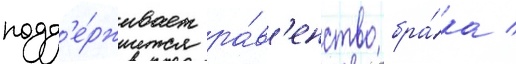
подд'е́рживает ра́в'енство бра́ка /